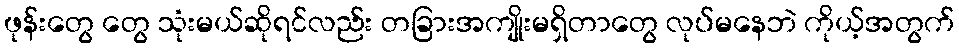
ဖုန်းတွေ တွေ သုံးမယ်ဆိုရင်လည်း တခြားအကျိုးမရှိတာတွေ လုပ်မနေဘဲ ကိုယ့်အတွက်